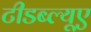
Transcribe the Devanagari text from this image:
टीडब्ल्यूए